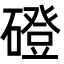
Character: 磴